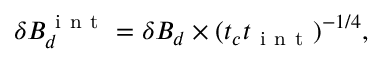
\begin{array} { r } { \delta B _ { d } ^ { \mathrm { ~ i ~ n ~ t ~ } } = \delta B _ { d } \times ( t _ { c } t _ { \mathrm { ~ i ~ n ~ t ~ } } ) ^ { - 1 / 4 } , } \end{array}